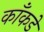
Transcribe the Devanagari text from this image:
काँकडे